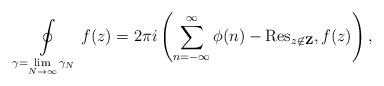
LaTeX: \begin{align*}\oint \limits_{\gamma=\lim \limits_{N\rightarrow\infty}\gamma_N} f(z) = 2\pi i\left(\sum_{n=-\infty}^{\infty}\phi(n)- \mathrm{Res}_{z\not\in{\bf Z}},f(z)\right),\end{align*}